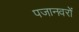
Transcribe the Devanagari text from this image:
पजानवरों